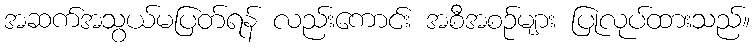
အဆက်အသွယ်မပြတ်ရန် လည်းကောင်း အစီအစဉ်များ ပြုလုပ်ထားသည်။